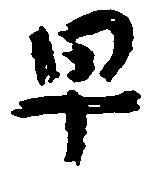
早